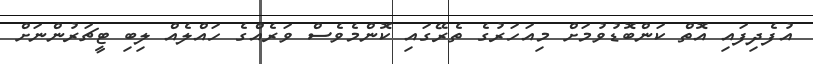
އުފެދިފައި އޮތް ކަންބޮޑުވުމަށް މިއަހަރުގެ ތެރޭގައި ކޮންމެވެސް ވަރެއްގެ ހައްލެއް ލިބި ޓީޗަރުންނަށް